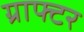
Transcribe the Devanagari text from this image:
ग्राफ्टर